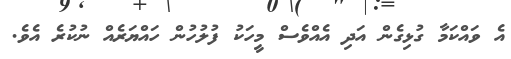
އެ ވައްކަމާ ގުޅިގެން އަދި އެއްވެސް މީހަކު ފުލުހުން ހައްޔަރެއް ނުކުރެ އެވެ.